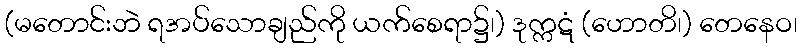
(မတောင်းဘဲ ရအပ်သောချည်ကို ယက်စေရာ၌၊) ဒုက္ကဋံ (ဟောတိ၊) တေနေဝ၊